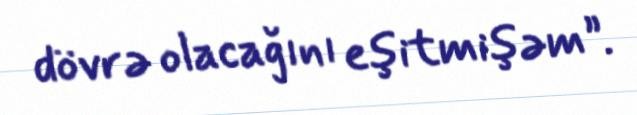
dövrə olacağını eşitmişəm”.